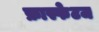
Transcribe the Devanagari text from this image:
फ्रास्फेटज